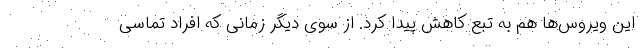
این ویروس‌ها هم به تبع کاهش پیدا کرد. از سوی دیگر زمانی که افراد تماسی